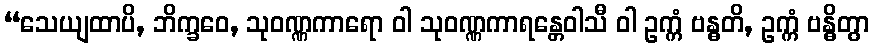
“သေယျထာပိ, ဘိက္ခဝေ, သုဝဏ္ဏကာရော ဝါ သုဝဏ္ဏကာရန္တေဝါသီ ဝါ ဥက္ကံ ဗန္ဓတိ, ဥက္ကံ ဗန္ဓိတွာ